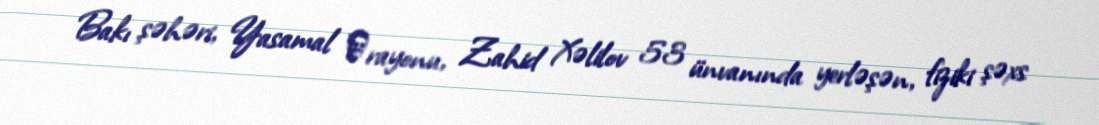
Bakı şəhəri, Yasamal ‎rayonu, Zahid Xəlilov 53 ünvanında yerləşən, fiziki şəxs